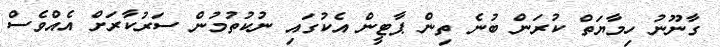
ގާނޫނު ހިމާޔަތް ކުރަން ބުނެ ތިން ޕާޓީން އެކުގައި ނުކުތުމުން ސަރުކާރަށް އެއްވެސް